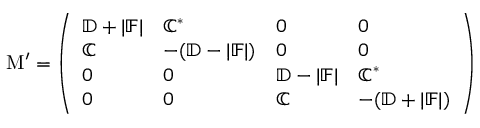
\mathrm { M } ^ { \prime } = \left( \begin{array} { l l l l } { \mathbb { D } + | \mathbb { F } | } & { \mathbb { C } ^ { * } } & { 0 } & { 0 } \\ { \mathbb { C } } & { - ( \mathbb { D } - | \mathbb { F } | ) } & { 0 } & { 0 } \\ { 0 } & { 0 } & { \mathbb { D } - | \mathbb { F } | } & { \mathbb { C } ^ { * } } \\ { 0 } & { 0 } & { \mathbb { C } } & { - ( \mathbb { D } + | \mathbb { F } | ) } \end{array} \right)